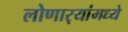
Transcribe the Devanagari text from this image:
लोणार्‍यांमध्ये